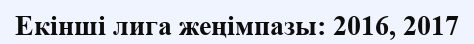
Екінші лига жеңімпазы: 2016, 2017